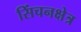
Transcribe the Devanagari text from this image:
सिंचनक्षेत्र